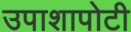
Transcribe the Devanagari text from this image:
उपाशापोटी